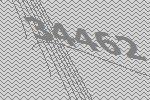
34462